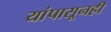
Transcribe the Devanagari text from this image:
यांपासूनही